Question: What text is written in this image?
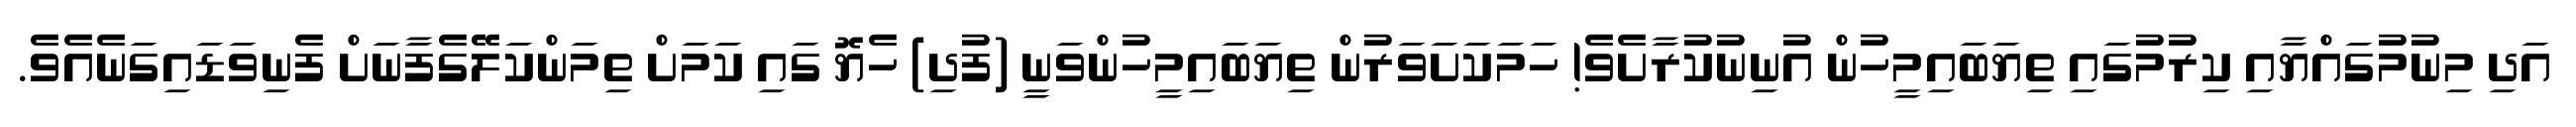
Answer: އަދި މިނުމުގައްޔާއި ކިރުމުގައި ތިޔަބައިމީހުން އުނިނުކުރާށެވެ! ހަމަކަށަވަރުން ތިޔަބައިމީހުންވަނީ (ފުދި) ހެޔޮ ގައި ކަމަށް ތިމަންކަލޭގެފާނަށް ފެނިވަޑައިގަނެއެވެ.